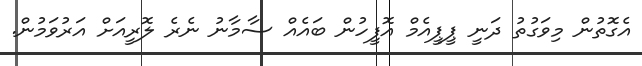
އެގޮތުން މިވަގުތު ދަނީ ޕީޕީއެމް އޮފީހުން ބައެއް ސާމާނު ނެރެ ލޮރީއަށް އަރުވަމުން.